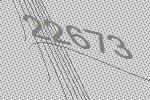
22673